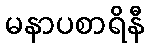
မနာပစာရိနီ